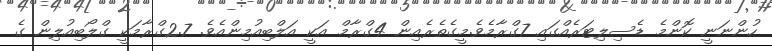
ހުންނަނީ ކޮންމެ ޑެސިލިޓަރެއްގައި 7ގްރާމެވެ.މީގެތެރެއިން 4ގްރާމް އަކީ އަލްބިއުމިންއެވެ. 2.7ގްރާމަކީ ގްލޯބިއުލިން ގެ